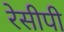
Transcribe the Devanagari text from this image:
रेसीपी